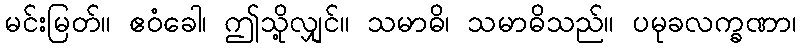
မင်းမြတ်။ ဧဝံခေါ၊ ဤသို့လျှင်။ သမာဓိ၊ သမာဓိသည်။ ပမုခလက္ခဏာ၊